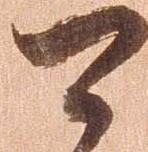
可